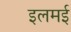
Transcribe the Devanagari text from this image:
इलमई